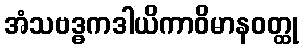
အံသဗဒ္ဓကဒါယိကာဝိမာနဝတ္ထု